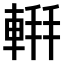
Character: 𫏹